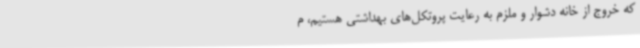
که خروج از خانه دشوار و ملزم به رعایت پروتکل‌های بهداشتی هستیم، م